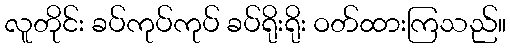
လူတိုင်း ခပ်ကုပ်ကုပ် ခပ်ရိုးရိုး ဝတ်ထားကြသည်။